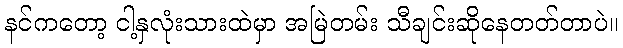
နင်ကတော့ ငါ့နှလုံးသားထဲမှာ အမြဲတမ်း သီချင်းဆိုနေတတ်တာပဲ။